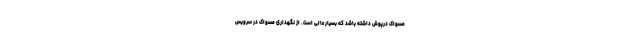
مسواک درپوش داشته باشد که بسیار عالی است. از نگهداری مسواک در سرویس